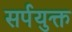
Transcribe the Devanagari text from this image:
सर्पयुक्त